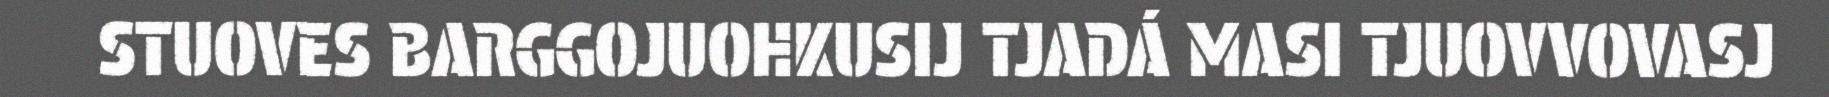
STUOVES BARGGOJUOHKUSIJ TJADÁ MASI TJUOVVOVASJ